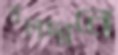
বলদানে